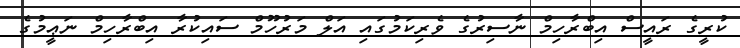
ކުރީގެ ރައީސް އިބްރާހިމް ނާސިރުގެ ވެރިކަމުގައި އަލް މަރުހޫމް ސައިކުރާ އިބްރާހިމް ނަޢީމުގެ